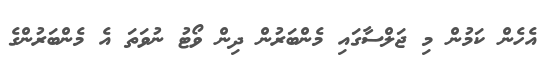
އެހެން ކަމުން މި ޖަލްސާގައި މެންބަރުން ދިން ވޯޓު ނުވަތަ އެ މެންބަރުންގެ